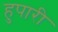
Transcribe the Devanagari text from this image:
हुपारी